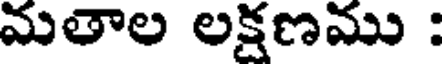
మతాల లక్షణము :